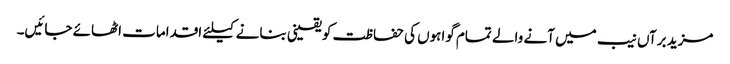
مزید برآں نیب میں آنے والے تمام گواہوں کی حفاظت کو یقینی بنانے کیلئے اقدامات اٹھائے جائیں۔